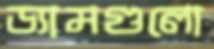
ড্যামগুলো